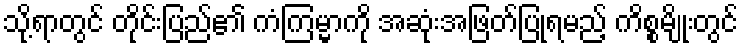
သို့ရာတွင် တိုင်းပြည်၏ ကံကြမ္မာကို အဆုံးအဖြတ်ပြုရမည့် ကိစ္စမျိုးတွင်